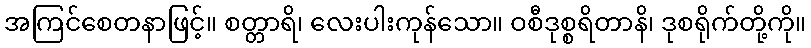
အကြင်စေတနာဖြင့်။ စတ္တာရိ၊ လေးပါးကုန်သော။ ဝစီဒုစ္စရိတာနိ၊ ဒုစရိုက်တို့ကို။